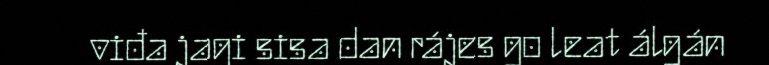
viđa jagi sisa dan rájes go leat álgán